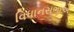
વિધાનસભાએ